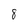
Character: 8